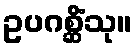
ဥပဂစ္ဆိံသု။